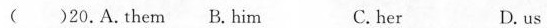
()20.A.Them B.Him C.her D. us